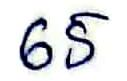
65